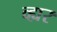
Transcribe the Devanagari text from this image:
व्ह्यर